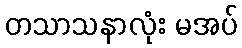
တသာသနာလုံး မအပ်